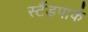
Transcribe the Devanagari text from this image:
स्टैंडपार्क